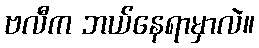
ဗလီက ဘယ်နေရာမှာလဲ။